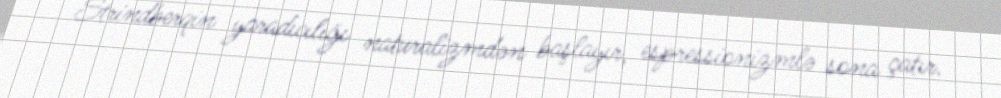
Strindberqin yaradıcılığı naturalizmdən başlayır, espressionizmlə sona çatır.